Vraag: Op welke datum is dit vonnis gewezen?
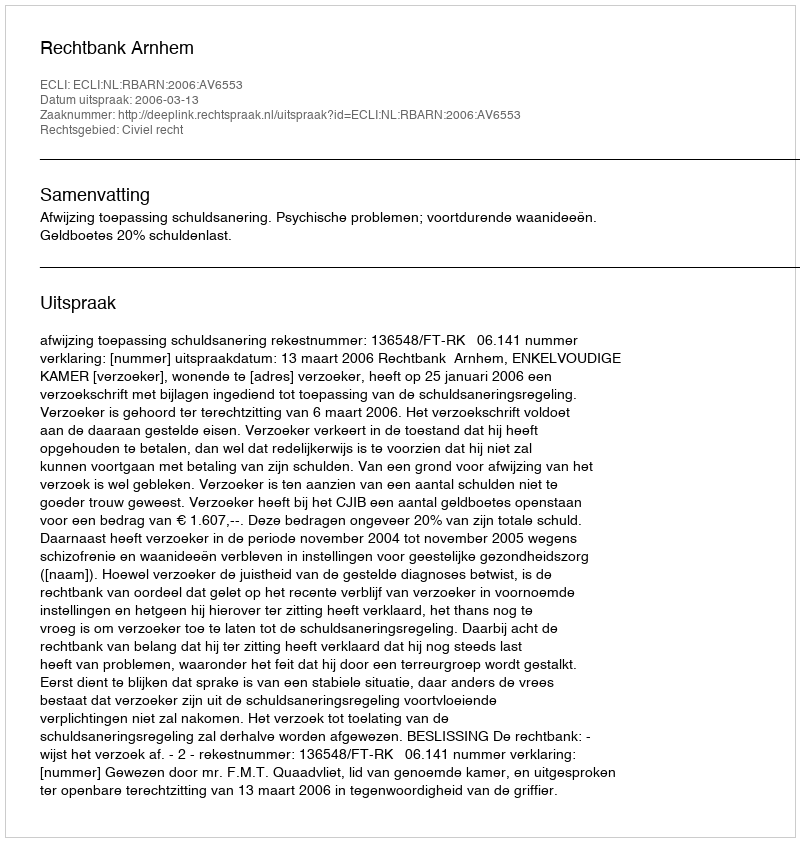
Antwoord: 2006-03-13